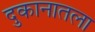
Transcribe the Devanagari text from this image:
दुकानातला